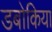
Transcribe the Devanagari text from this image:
डबोकिया